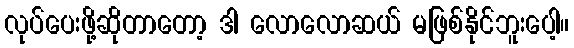
လုပ်ပေးဖို့ဆိုတာတော့ ဒါ လောလောဆယ် မဖြစ်နိုင်ဘူးပေါ့။